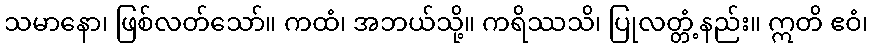
သမာနော၊ ဖြစ်လတ်သော်။ ကထံ၊ အဘယ်သို့။ ကရိဿသိ၊ ပြုလတ္တံ့နည်း။ ဣတိ ဧဝံ၊